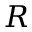
R